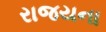
રાજયના